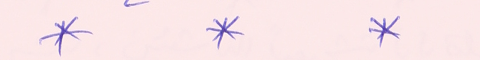
*		*		*